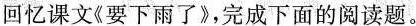
回忆课文《要下雨了》，完成下面的阅读题。